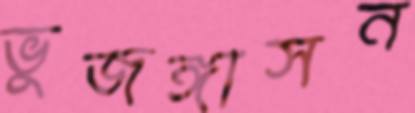
ভুজঙ্গাসন